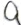
Text: Q